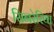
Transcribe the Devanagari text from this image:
सिनरेरिया